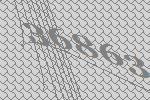
36863